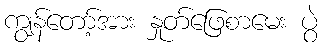
ကျွန်တော့်အား နှုတ်ဖြေစာမေး ပွဲ